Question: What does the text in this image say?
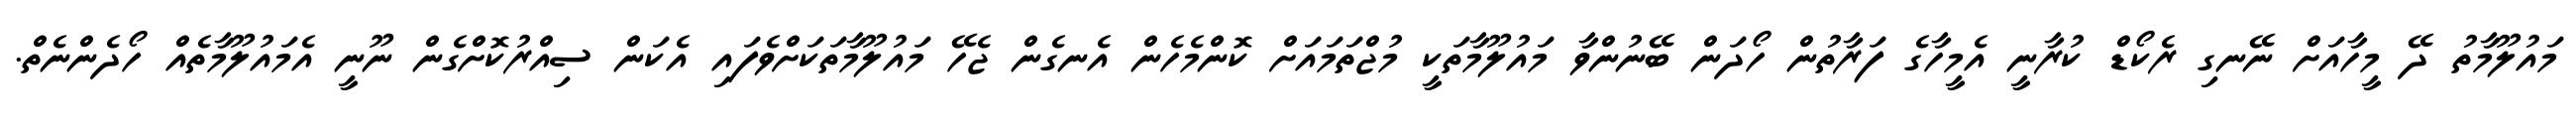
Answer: މައުލޫމާތު ދޭ މީހާއަށް ނޭނގި ރެކޯޑް ކުރާނީ އެމީހާގެ ފަރާތުން ހޯދަން ބޭނުންވާ މައުލޫމާތަކީ މުޖްތަމައަށް ކޮންމެހެން އެނގެން ޖެހޭ މައުލޫމާތަކަށްވެފައި އެކަން ސިއްރުކޮށްގެން ނޫނީ އެމައުލޫމާތެއް ހޯދެންނެތް.